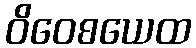
ဝိဝေစယေထ